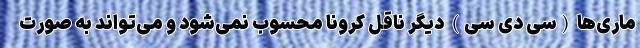
ماری‌ها (سی دی سی) دیگر ناقل کرونا محسوب نمی‌شود و می‌تواند به صورت